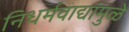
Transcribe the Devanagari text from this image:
निधर्मवाद्यांमुळे